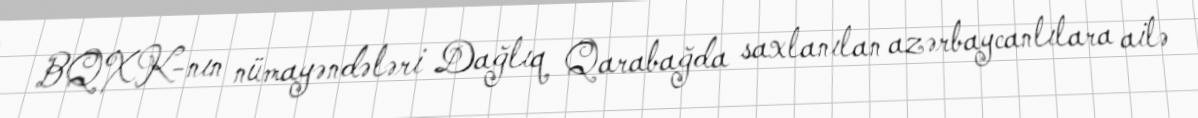
BQXK-nın nümayəndələri Dağlıq Qarabağda saxlanılan azərbaycanlılara ailə